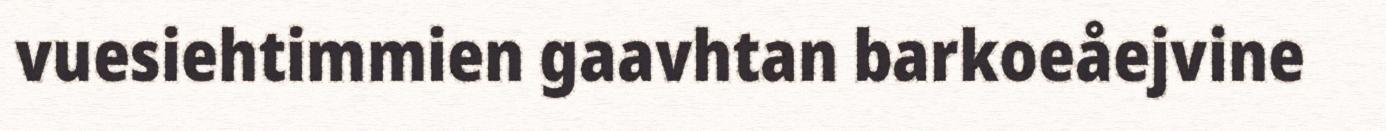
vuesiehtimmien gaavhtan barkoeåejvine